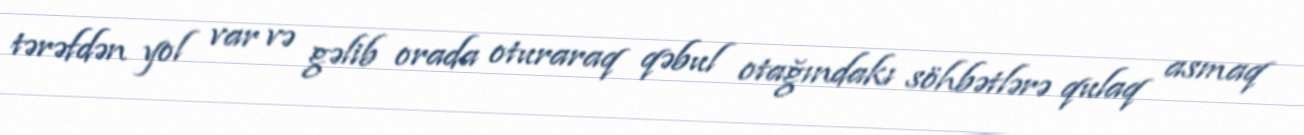
tərəfdən yol var və gəlib orada oturaraq qəbul otağındakı söhbətlərə qulaq asmaq